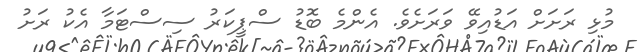
މުޅި ރަށަށް އަޑުއިވޭ ވަރަށެވެ. އެންމެ ބޮޑު ސްޕީކަރު ސިސްޓަމާ އެކު ރަށު